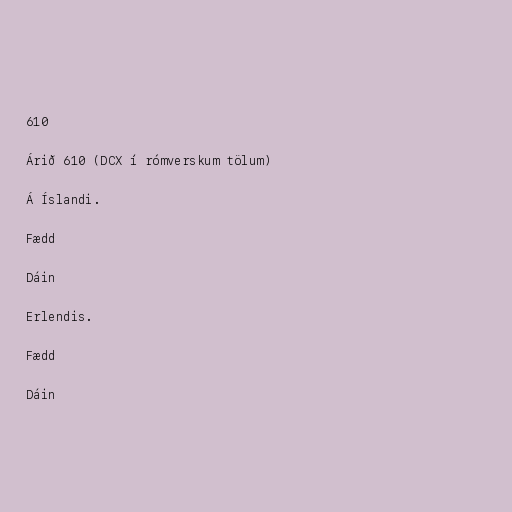
610

Árið 610 (DCX í rómverskum tölum)

Á Íslandi.

Fædd

Dáin

Erlendis.

Fædd

Dáin